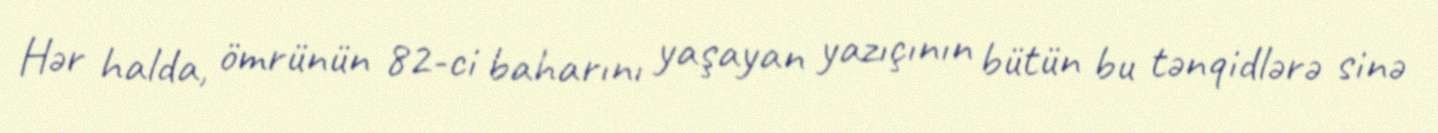
Hər halda, ömrünün 82-ci baharını yaşayan yazıçının bütün bu tənqidlərə sinə